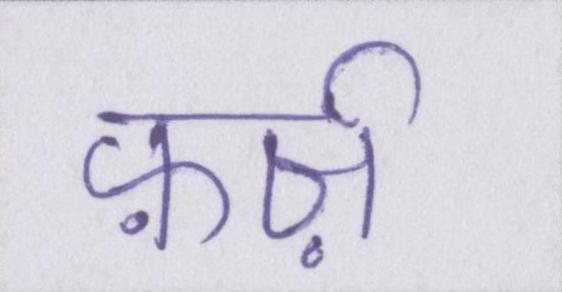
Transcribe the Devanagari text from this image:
फ़र्ज़